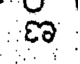
ణ